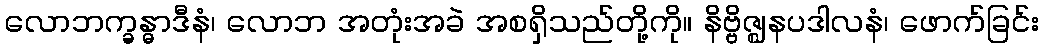
လောဘက္ခန္ဓာဒီနံ၊ လောဘ အတုံးအခဲ အစရှိသည်တို့ကို။ နိဗ္ဗိဇ္ဈနပဒါလနံ၊ ဖောက်ခြင်း